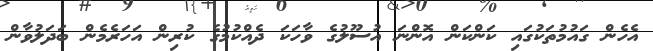
އެހެން ގައުމުތަކުގައި ކަންކަން އޮންނަ އުސޫލުގެ ވާހަކަ ދެއްކުމުގެ ކުރިން އަހަރެމެން ބަދަލުވާން